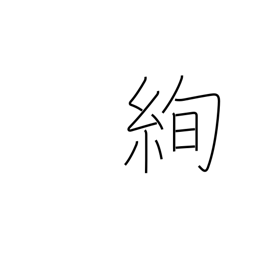
Meaning: brilliant fabric design